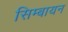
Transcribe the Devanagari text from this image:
सिम्बायन